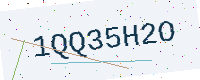
Text: 1QQ35H2O